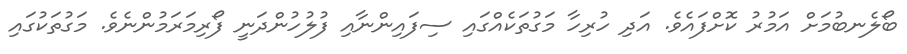
ބޯލެނބުމަށް އަމުރު ކޮށްފައެވެ. އަދި ހުރިހާ މަގުތަކެއްގައި ސިފައިންނާއި ފުލުހުންދަނީ ފޯރިމަރަމުންނެވެ. މަގުތަކުގައި